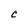
Character: C